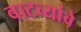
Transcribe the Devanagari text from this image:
वाटव्यांवे